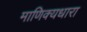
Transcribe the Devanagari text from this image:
माणिक्यधारा